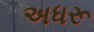
અધરૂ